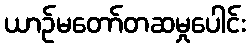
ယာဉ်မတော်တဆမှုပေါင်း